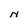
Character: N